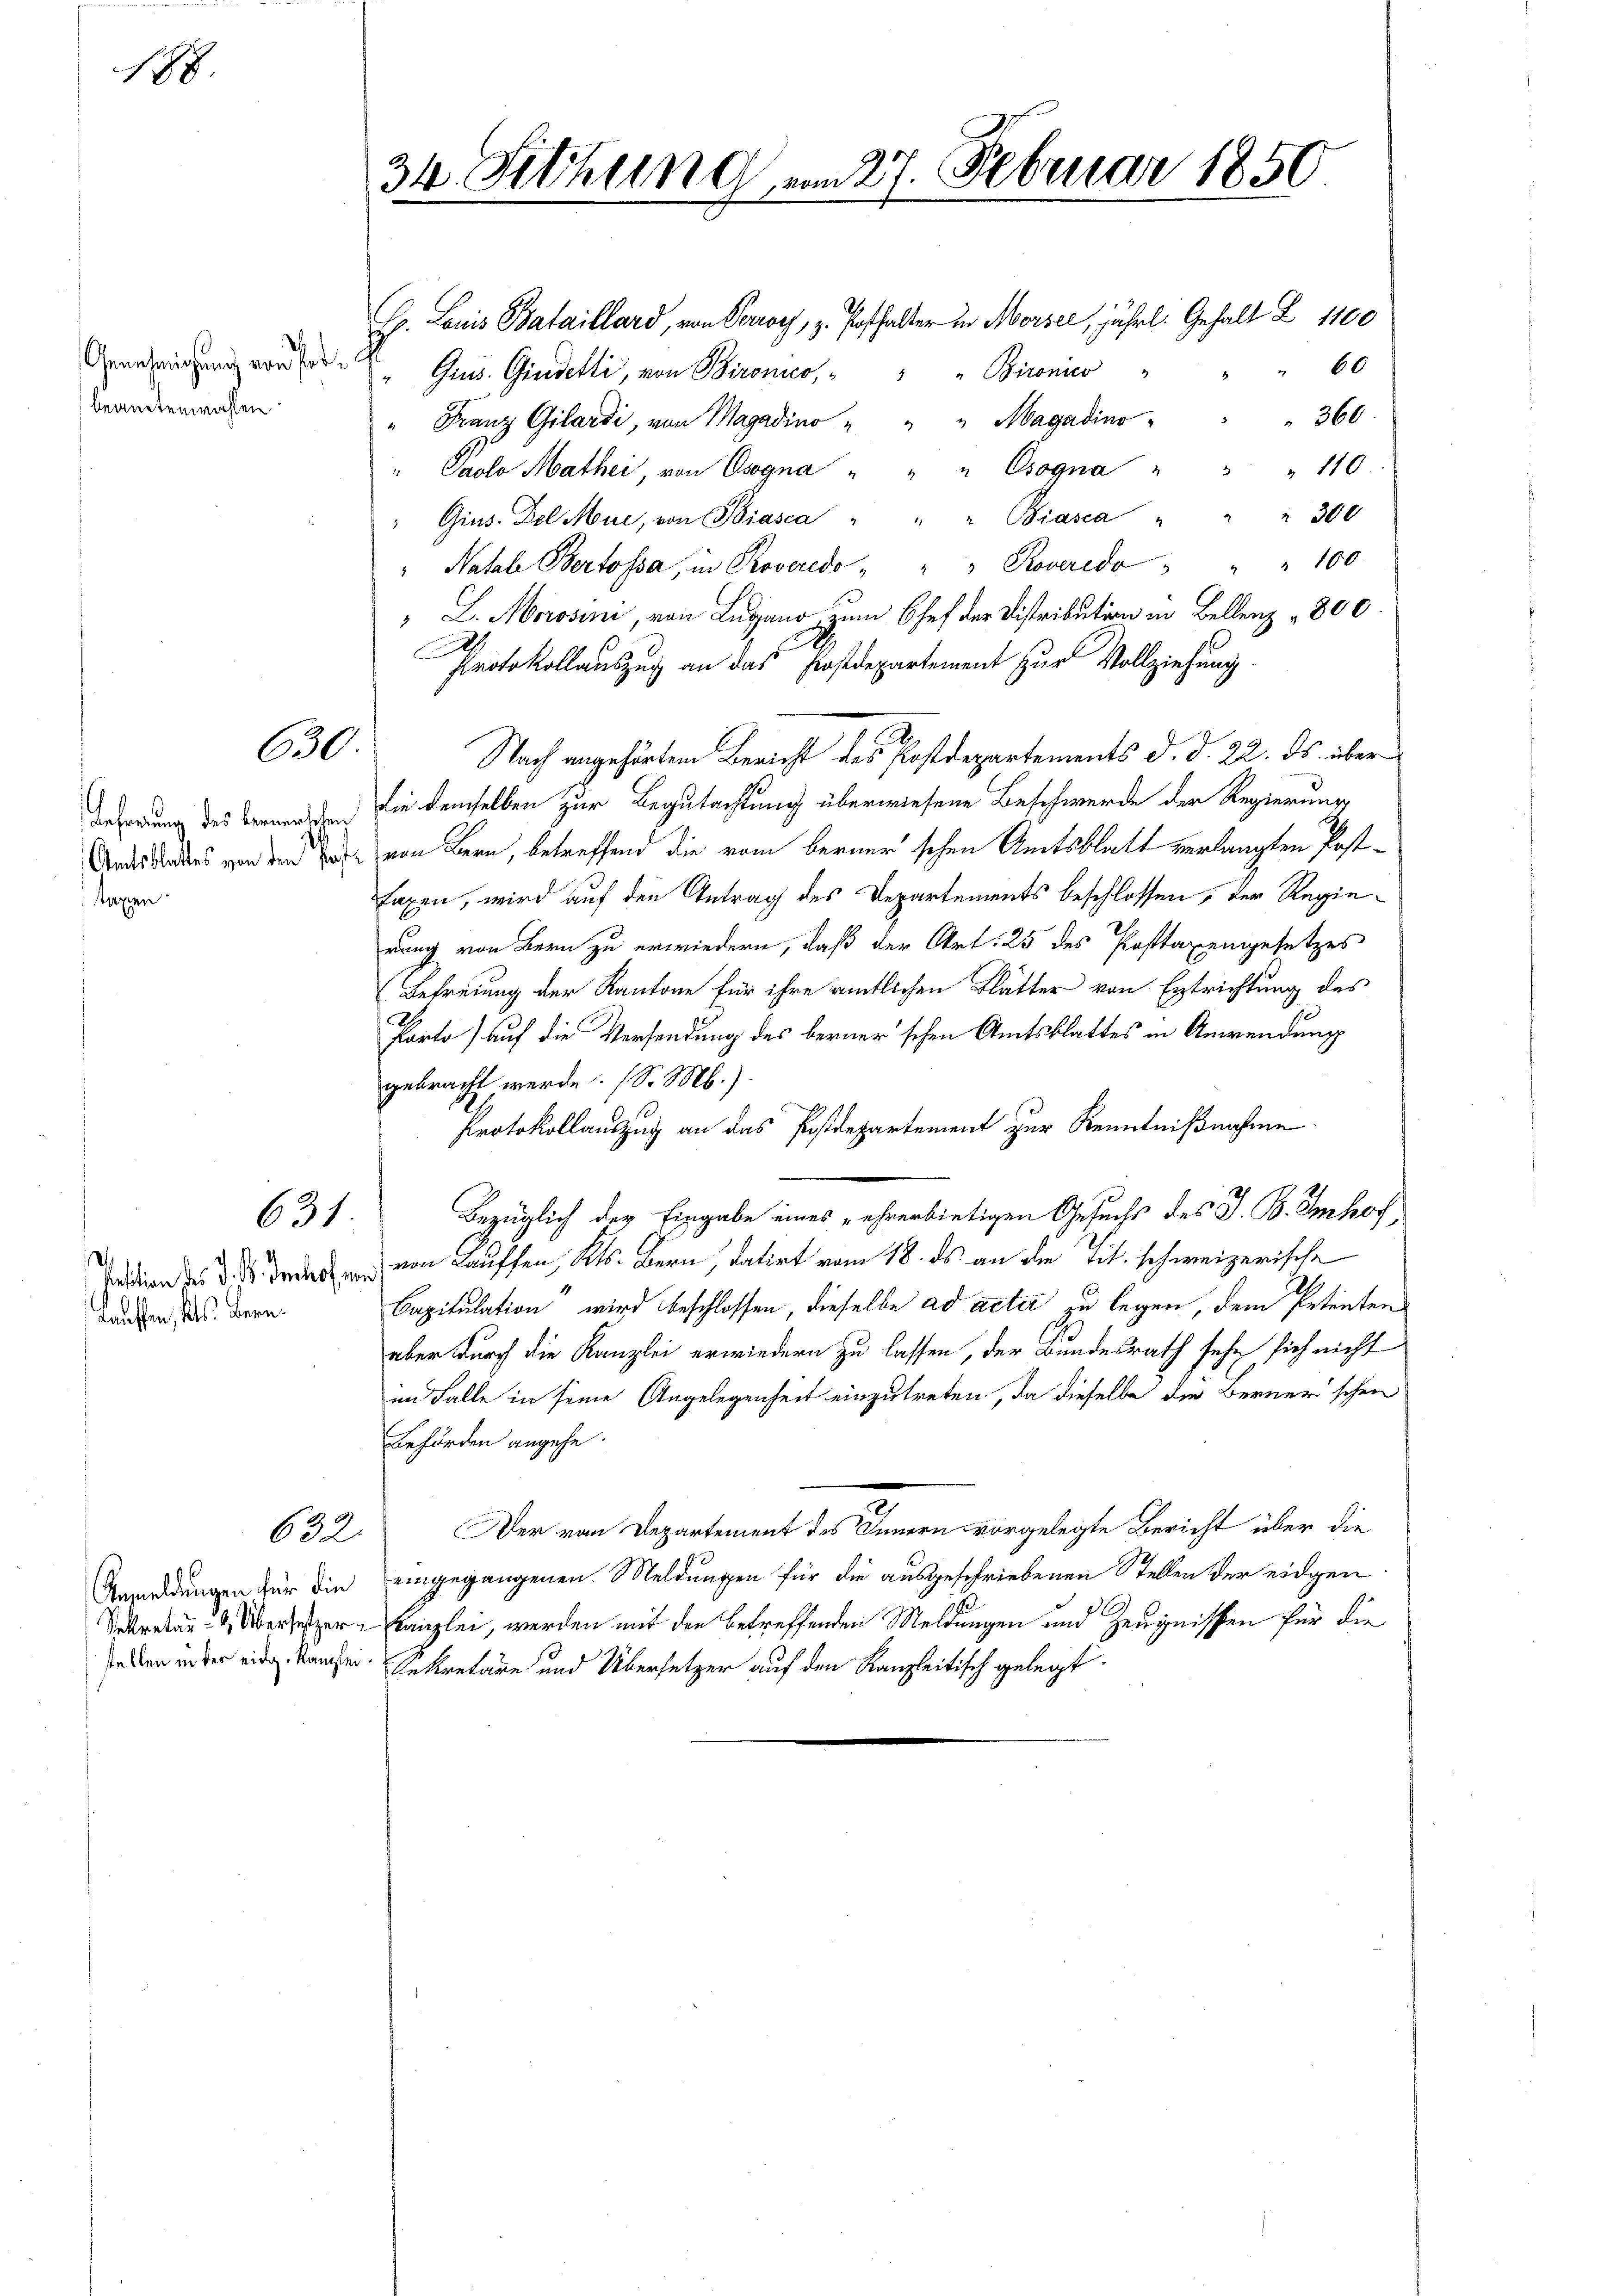
188.

Genehmigung von hat
beweitenwahlen.

630.

.
taxen

Lauffen, Kts. Bern.

631

632.

C. Louis Bataillard, von Perroy, z. Posthalter in Morsee, jährl. Gehalt Z 1100
60
" Gris. Gindetti, von Bironico, " " " Bironico
" Franz Gilardi, von Magadino " " " Magadino " " 360
" Paolo Mathe, von Osogna " " " Cogna " " " 110
" Gins. Del Mue, von Biasca " " " Biasca " " " 300
"Natale Bertossa, in Roveredo " " " Roveredo " " " 100
" L. Morosini, von Lugano zum Chef der Distribution in Bellenz " 800.
d
Protokollauszug an das Postdepartement zur Vollziehung.
Nach angehörten Bericht des Postdepartements d. d. 22. ds. über
deferung des Verwandten die demselben zur Begutachtung überwiesene Beschwerde der Regierung
Arasades vor den war von Bern, betreffend die vom berner schen Amtsblatt verlangten Post¬
Laxen, wird auf den Antrag des Departements beschlossen, der Regierung von Bern zu erwiedern, daß der Art: 25 des Posttaxengesetzes
Befreiung der Kantone für ihre amtlichen Blätter von Entrichtung des
Porto) auf die Versendung des berner'schen Amtsblattes in Anwendung
gebracht werde. (S. M.)
Protokollauszug an das Postdepartement zur Kenntnißnahme
Bezüglich der Eingabe eines ehrerbietigen Gesuchs des J. B. Imhof,
Tedien des des Todessen von Lauffen, Kts. Bern, datirt vom 18. ds an die Tit. schweizerische
Capitulation wird beschlossen, dieselbe ad acta zu legen, dem Petentens
aber durch die Kanzlei erwiedern zu lassen, der Bundesrath sehe sich nicht
im Falle in seine Angelegenheit einzutreten, da dieselbe die Berner’schen
Behörden angehe.
Der von Departement des Innern vorgelegte Bericht über die
Anmeldungen für die eingegangenen Meldungen für die ausgeschriebenen Stellen der eidgen
Sekretär- & Obersetzer Kanzlei, werden mit den betreffenden Meldungen und Zeugnissen für die
se den in der eidg. Kaufei. Sekretäre und Übersetzer auf den Kanzleitisch gelegt

34. Sitzung vom 27. Februar 1850